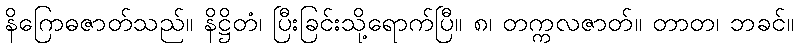
နိဂြောဓဇာတ်သည်။ နိဋ္ဌိတံ၊ ပြီးခြင်းသို့ရောက်ပြီ။ ၈၊ တက္ကလဇာတ်။ တာတ၊ ဘခင်။